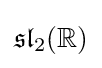
{\mathfrak {sl}}_{2}(\mathbb {R} )